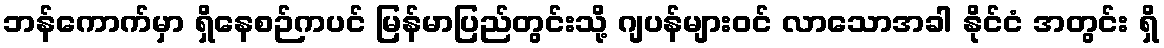
ဘန်ကောက်မှာ ရှိနေစဉ်ကပင် မြန်မာပြည်တွင်းသို့ ဂျပန်များဝင် လာသောအခါ နိုင်ငံ အတွင်း ရှိ